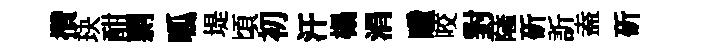
攢玦酣剽呱堤頃初汗榻涓瞳咬對薩斫訢盍斫